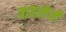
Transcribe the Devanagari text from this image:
वाहलेले